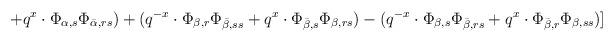
LaTeX: \begin{align*}+ q^x \cdot \Phi_{\alpha, s} \Phi_{\bar \alpha, rs}) + (q^{-x} \cdot \Phi_{\beta, r} \Phi_{\bar \beta, ss}+ q^x \cdot \Phi_{\bar \beta, s} \Phi_{\beta, rs}) - (q^{-x} \cdot \Phi_{\beta, s}\Phi_{\bar \beta, rs} + q^x \cdot \Phi_{\bar \beta, r} \Phi_{\beta, ss})]\end{align*}